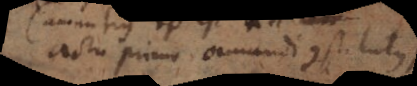
actu primo amandi constitutus).